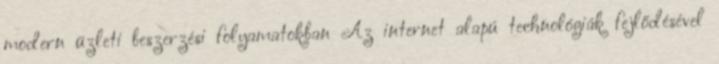
modern üzleti beszerzési folyamatokban Az internet alapú technológiák fejlődésével